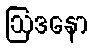
ဩဒနော